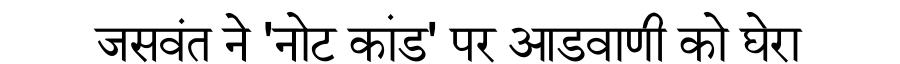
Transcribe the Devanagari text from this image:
जसवंत ने 'नोट कांड' पर आडवाणी को घेरा